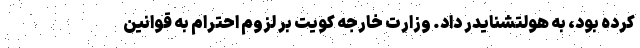
کرده بود، به هولتشنایدر داد. وزارت خارجه کویت بر لزوم احترام به قوانین